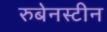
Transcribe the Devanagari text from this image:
रुबेनस्टीन